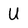
Character: U